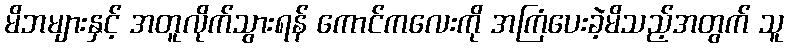
မိဘများနှင့် အတူလိုက်သွားရန် ကောင်ကလေးကို အကြံပေးခဲ့မိသည့်အတွက် သူ